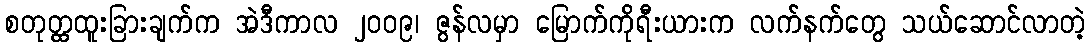
စတုတ္ထထူးခြားချက်က အဲဒီကာလ ၂၀၀၉၊ ဇွန်လမှာ မြောက်ကိုရီးယားက လက်နက်တွေ သယ်ဆောင်လာတဲ့